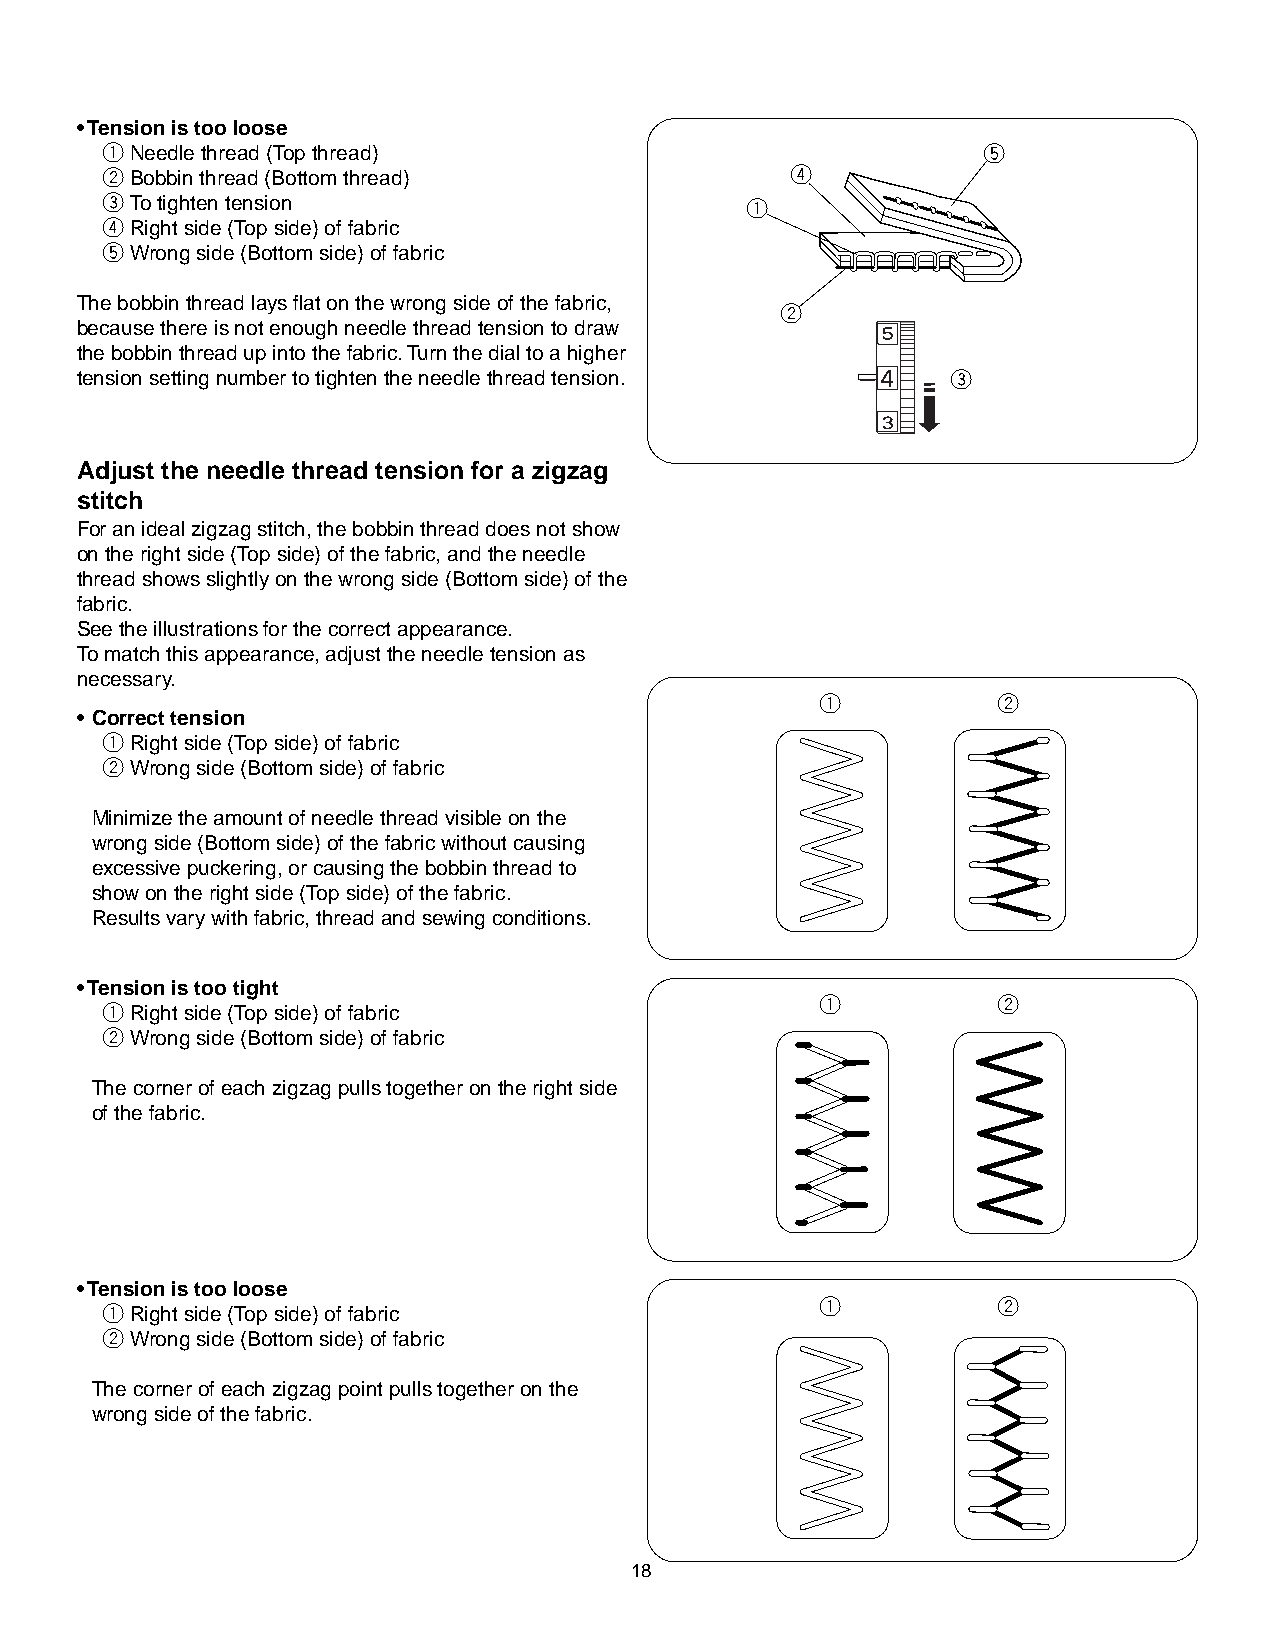
• Tension is too loose
 qNeedle thread (Top thread)                               t
 wBobbin thread (Bottom thread)               r
 eTo tighten tension                       q
 rRight side (Top side) of fabric
 tWrong side (Bottom side) of fabric
 The bobbin thread lays flat on the wrong side of the fabric,
 w
 because there is not enough needle thread tension to draw
 the bobbin thread up into the fabric. Turn the dial to a higher
 tension setting number to tighten the needle thread tension. e
 Adjust the needle thread tension for a zigzag
 stitch
 For an ideal zigzag stitch, the bobbin thread does not show
 on the right side (Top side) of the fabric, and the needle
 thread shows slightly on the wrong side (Bottom side) of the
 fabric.
 See the illustrations for the correct appearance.
 To match this appearance, adjust the needle tension as
 necessary.
 q           w
 • Correct tension
 qRight side (Top side) of fabric
 wWrong side (Bottom side) of fabric
 Minimize the amount of needle thread visible on the
 wrong side (Bottom side) of the fabric without causing
 excessive puckering, or causing the bobbin thread to
 show on the right side (Top side) of the fabric.
 Results vary with fabric, thread and sewing conditions.
 • Tension is too tight
 q           w
 qRight side (Top side) of fabric
 wWrong side (Bottom side) of fabric
 The corner of each zigzag pulls together on the right side
 of the fabric.
 • Tension is too loose
 q           w
 qRight side (Top side) of fabric
 wWrong side (Bottom side) of fabric
 The corner of each zigzag point pulls together on the
 wrong side of the fabric.
 18